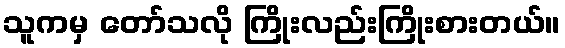
သူကမှ တော်သလို ကြိုးလည်းကြိုးစားတယ်။